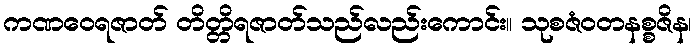
ကဏဝေရဇာတ် တိတ္တိရဇာတ်သည်လည်းကောင်း။ သုစဇံဝတနစ္စဇိန၊